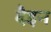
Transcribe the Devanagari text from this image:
दैइन